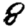
Digit: 8